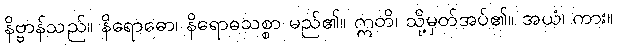
နိဗ္ဗာန်သည်။ နိရောဓော၊ နိရောဓသစ္စာ မည်၏။ ဣတိ၊ သို့မှတ်အပ်၏။ အယံ၊ ကား။